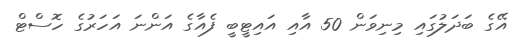
އޭގެ ބަދަލުގައި މިނިވަން 50 އާއި އައިޓީބީ ފެއާގެ އަންނަ އަހަރުގެ ހޮސްޓް